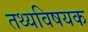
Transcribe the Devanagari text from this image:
तथ्यविषयक